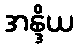
အန္ဒိယ